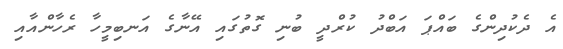
އެ ދެކުދިންގެ ބައްޕަ އަބްދު ކުރްދީ ބުނި ގޮތުގައި އޭނާގެ އަނބިމީހާ ރެހާންއާއި